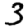
Digit: 3